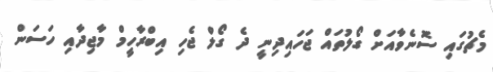
މެޗުގައި ސޮނެވާއަށް ގޯލުތައް ޖަހައިދިނީ ދެ ގޯލް ޖެހި އިބްރާހީމް މާޖިދާއި ހަސަން